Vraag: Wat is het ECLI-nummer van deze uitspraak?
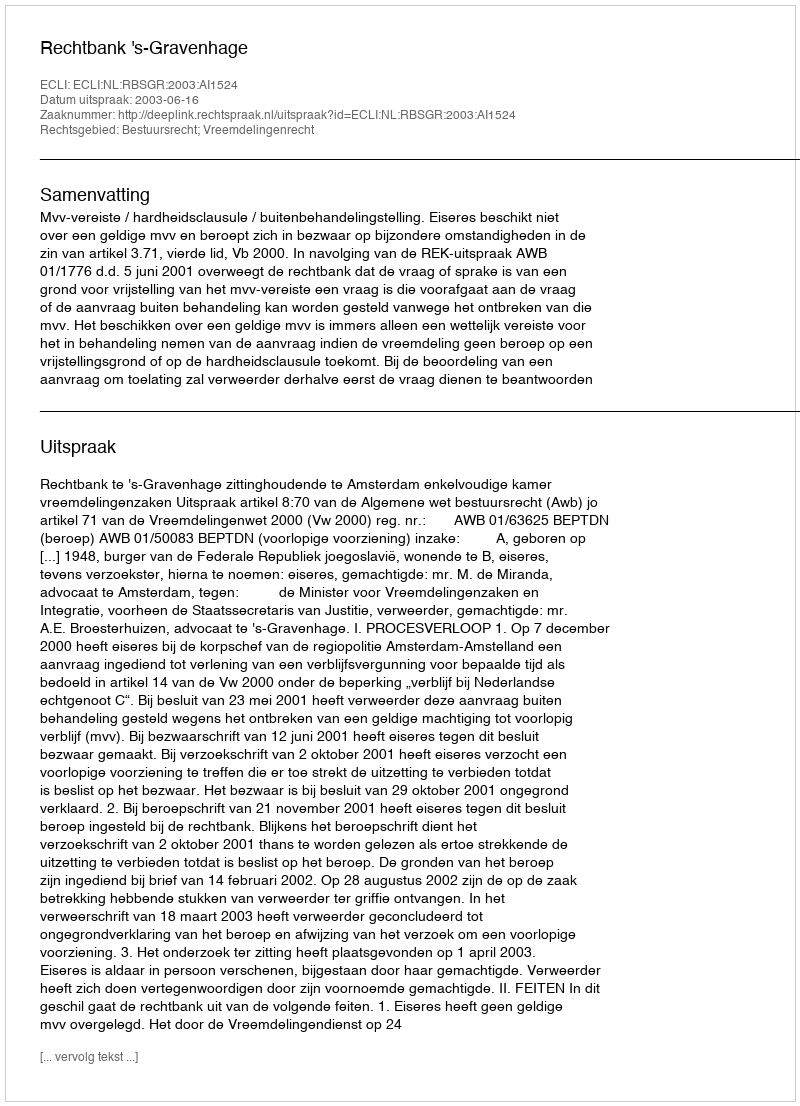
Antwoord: ECLI:NL:RBSGR:2003:AI1524